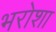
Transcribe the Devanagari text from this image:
भरोशा